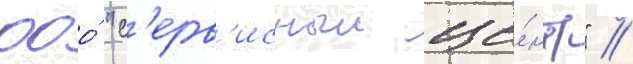
ооо́ "с'ерв'исныи це́нтр" /